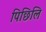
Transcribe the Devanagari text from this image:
पिछिलि